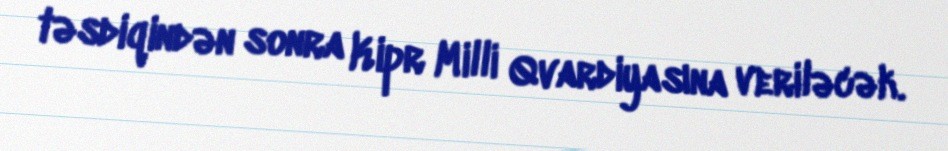
təsdiqindən sonra Kipr Milli Qvardiyasına veriləcək.